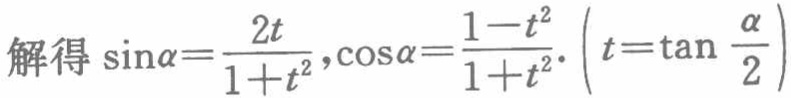
解得 \(\sin\alpha=\frac{2t}{1 + t^{2}},\cos\alpha=\frac{1 - t^{2}}{1 + t^{2}}.\left(t = \tan\frac{\alpha}{2}\right)\)